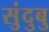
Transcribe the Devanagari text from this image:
सुंदुबु